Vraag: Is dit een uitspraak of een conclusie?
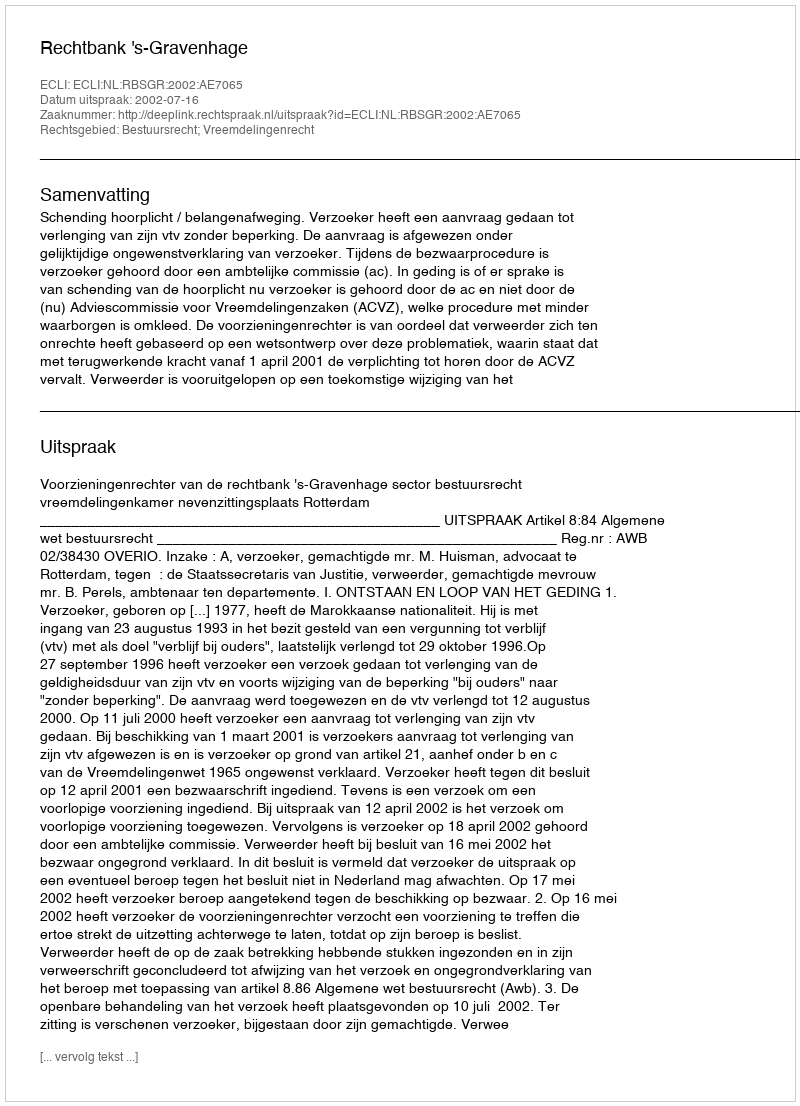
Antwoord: Uitspraak